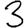
Digit: 3